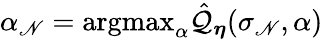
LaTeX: \alpha_{\mathscr{N}}=\mathrm{{argmax}}_{\alpha}\hat{{\mathcal{{Q}}}}_{\boldsymbol{\eta}}(\sigma_{\mathscr{N}},\alpha)